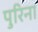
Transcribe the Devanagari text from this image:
पुरिना